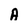
Character: A